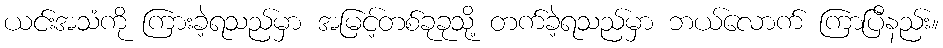
ယင်းအသံကို ကြားခဲ့ရသည်မှာ အမြင့်တစ်ခုခုသို့ တက်ခဲ့ရသည်မှာ ဘယ်လောက် ကြာပြီနည်း။